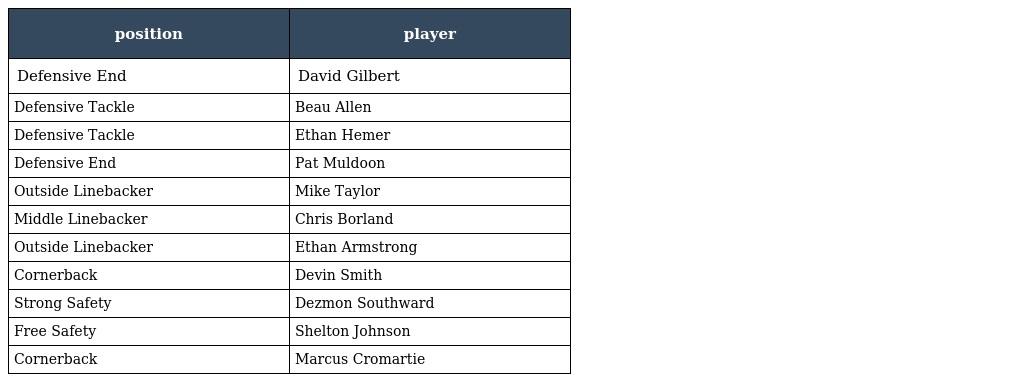
| position | player |
 | --- | --- |
 | Defensive End | David Gilbert |
 | Defensive Tackle | Beau Allen |
 | Defensive Tackle | Ethan Hemer |
 | Defensive End | Pat Muldoon |
 | Outside Linebacker | Mike Taylor |
 | Middle Linebacker | Chris Borland |
 | Outside Linebacker | Ethan Armstrong |
 | Cornerback | Devin Smith |
 | Strong Safety | Dezmon Southward |
 | Free Safety | Shelton Johnson |
 | Cornerback | Marcus Cromartie |